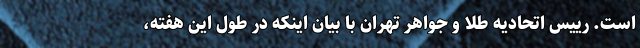
است. رییس اتحادیه طلا و جواهر تهران با بیان اینکه در طول این هفته،